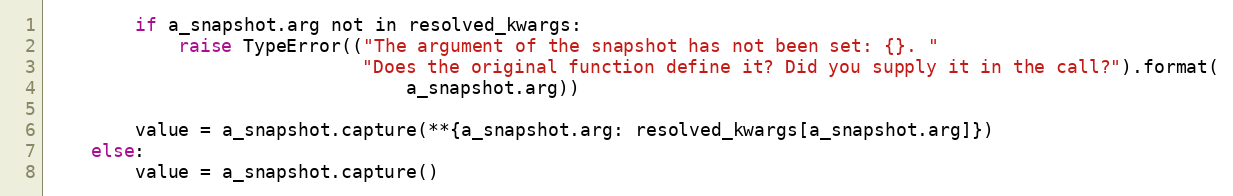
Language: Python
        if a_snapshot.arg not in resolved_kwargs:
            raise TypeError(("The argument of the snapshot has not been set: {}. "
                             "Does the original function define it? Did you supply it in the call?").format(
                                 a_snapshot.arg))

        value = a_snapshot.capture(**{a_snapshot.arg: resolved_kwargs[a_snapshot.arg]})
    else:
        value = a_snapshot.capture()